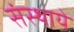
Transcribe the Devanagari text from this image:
संस्थाये